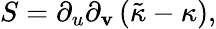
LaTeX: S=\partial_{u}\partial_{\mathbf{v}}\left(\tilde{{\kappa}}-\kappa\right),